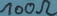
Text: 100Ω